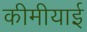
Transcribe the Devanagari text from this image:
कीमीयाई